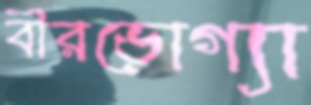
বীরভোগ্যা